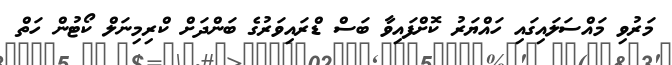
މަރުވި މައްސަލައިގައި ހައްޔަރު ކޮށްފައިވާ ބަސް ޑްރައިވަރުގެ ބަންދަށް ކްރިމިނަލް ކޯޓުން ހަތް